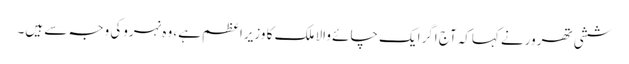
ششی تھرورنے کہاکہ آج اگرایک چائے والا ملک کا وزیراعظم ہے، وہ نہروکی وجہ سے ہیں۔